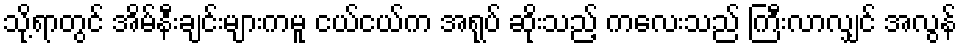
သို့ရာတွင် အိမ်နီးချင်းများကမူ ငယ်ငယ်က အရုပ် ဆိုးသည့် ကလေးသည် ကြီးလာလျှင် အလွန်